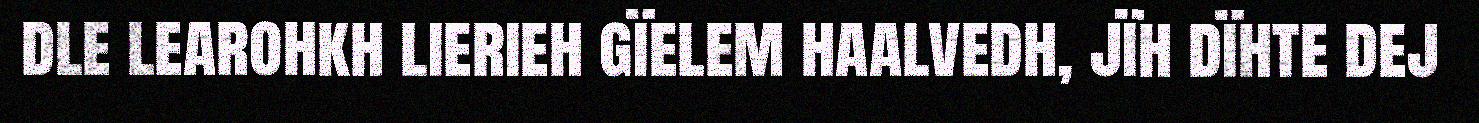
dle learohkh lierieh gïelem haalvedh, jïh dïhte dej